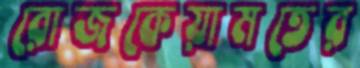
রোজকেয়ামতের